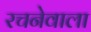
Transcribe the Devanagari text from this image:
रचनेवाला